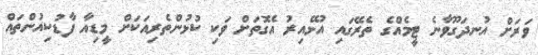
ވަރަށް އުނދަގޫވާނެ ޓީމެއްގެ ތެރޭގައި އުޅޭއިރު އެގޮތަށް ވަކި ކުޅުންތެރިއަކަށް މީޑިއާ ފާޑުކިއުންތައް